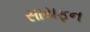
સાયફન